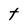
Character: t